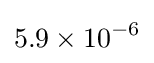
5.9\times 10^{-6}